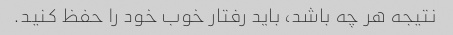
نتیجه هر چه باشد، باید رفتار خوب خود را حفظ کنید.